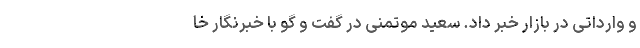
و وارداتی در بازار خبر داد. سعید موتمنی در گفت و گو با خبرنگار خا